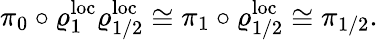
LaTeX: \pi_{0}\circ\varrho_{1}^{\mathrm{loc}}\varrho_{1/2}^{\mathrm{loc}}\cong\pi_{1}\circ\varrho_{1/2}^{\mathrm{loc}}\cong\pi_{1/2}.